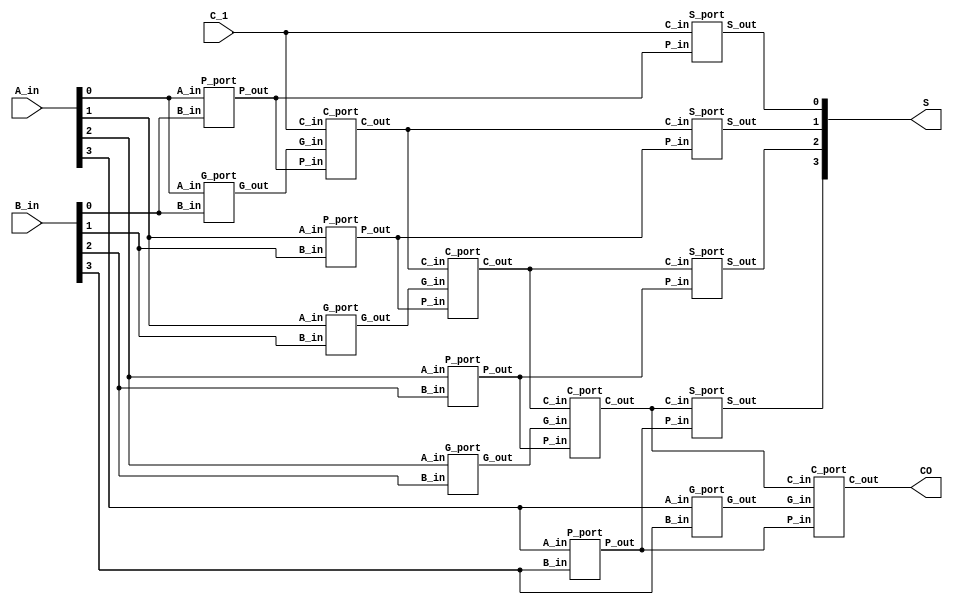
`timescale 1ns/1ns

module lca_4(
	input		[3:0]       A_in  ,
	input	    [3:0]		B_in  ,
    input                   C_1   ,
 
 	output	 wire			CO    ,
	output   wire [3:0]	    S
	);
    
	wire [3:0] G;
	wire [3:0] P;
	wire [4:0] C;

	assign C[0] = C_1;
    assign CO = C[4];
	
	G_port instg0 (A_in[0], B_in[0], G[0]);
	G_port instg1 (A_in[1], B_in[1], G[1]);
	G_port instg2 (A_in[2], B_in[2], G[2]);
	G_port instg3 (A_in[3], B_in[3], G[3]);

	P_port instp0 (A_in[0], B_in[0], P[0]);
	P_port instp1 (A_in[1], B_in[1], P[1]);
	P_port instp2 (A_in[2], B_in[2], P[2]);
	P_port instp3 (A_in[3], B_in[3], P[3]);

	S_port insts0 (P[0], C[0], S[0]);
	S_port insts1 (P[1], C[1], S[1]);
	S_port insts2 (P[2], C[2], S[2]);
	S_port insts3 (P[3], C[3], S[3]);

	C_port instc0 (G[0], P[0], C[0], C[1]);
	C_port instc1 (G[1], P[1], C[1], C[2]);
	C_port instc2 (G[2], P[2], C[2], C[3]);
	C_port instc3 (G[3], P[3], C[3], C[4]);
endmodule

module G_port(
	input A_in,
	input B_in,

	output G_out
); 
	assign G_out = A_in * B_in;
endmodule

module P_port(
	input A_in,
	input B_in,

	output P_out
);
	assign P_out = A_in ^ B_in;
endmodule

module S_port (
	input P_in,
	input C_in,

	output S_out
);
	assign S_out = P_in ^ C_in;
endmodule

module C_port (
	input G_in,
	input P_in,
	input C_in,

	output C_out
);
	assign C_out = G_in + P_in * C_in;
endmodule